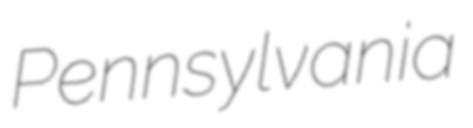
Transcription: Pennsylvania